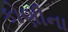
કોણીના